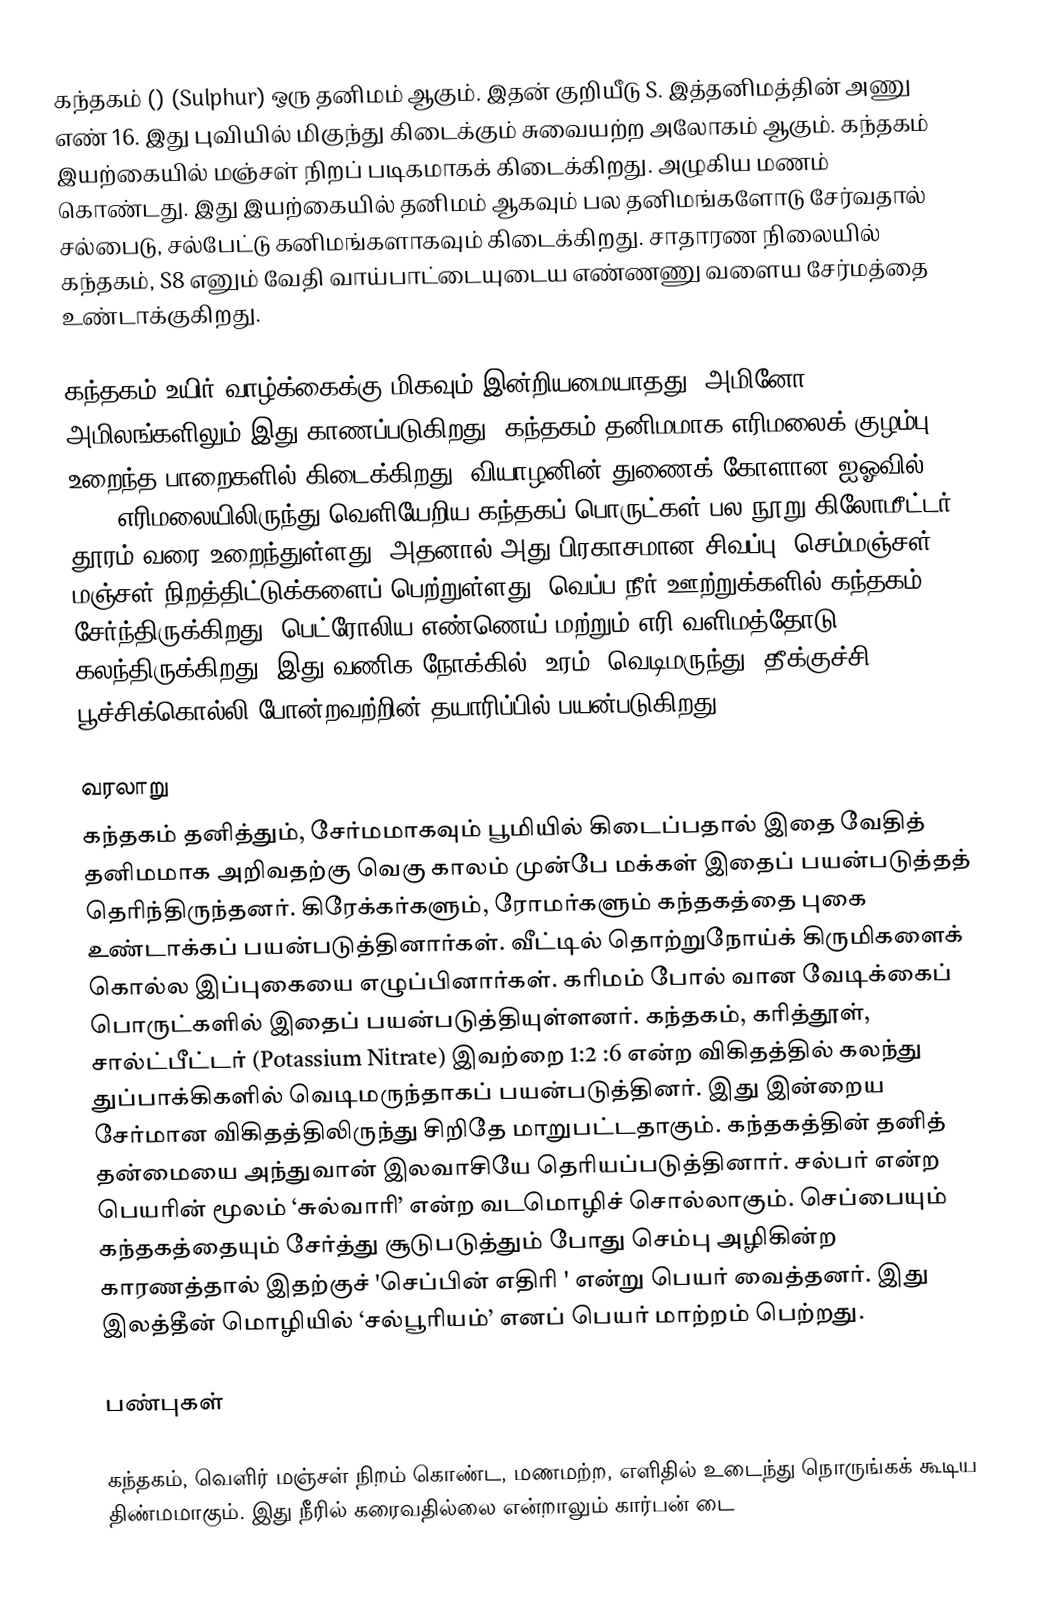
கந்தகம் () (Sulphur) ஒரு தனிமம் ஆகும். இதன் குறியீடு S. இத்தனிமத்தின் அணு எண் 16. இது புவியில் மிகுந்து கிடைக்கும் சுவையற்ற அலோகம் ஆகும். கந்தகம் இயற்கையில் மஞ்சள் நிறப் படிகமாகக் கிடைக்கிறது. அழுகிய மணம் கொண்டது. இது இயற்கையில் தனிமம் ஆகவும் பல தனிமங்களோடு சேர்வதால் சல்பைடு, சல்பேட்டு கனிமங்களாகவும் கிடைக்கிறது. சாதாரண நிலையில் கந்தகம், S8 எனும் வேதி வாய்பாட்டையுடைய எண்ணணு வளைய சேர்மத்தை உண்டாக்குகிறது.

கந்தகம் உயிர் வாழ்க்கைக்கு மிகவும் இன்றியமையாதது. அமினோ அமிலங்களிலும் இது காணப்படுகிறது. கந்தகம் தனிமமாக எரிமலைக் குழம்பு உறைந்த பாறைகளில் கிடைக்கிறது. வியாழனின் துணைக் கோளான ஐஓவில் (Io) எரிமலையிலிருந்து வெளியேறிய கந்தகப் பொருட்கள் பல நூறு கிலோமீட்டர் தூரம் வரை உறைந்துள்ளது. அதனால் அது பிரகாசமான சிவப்பு, செம்மஞ்சள், மஞ்சள் நிறத்திட்டுக்களைப் பெற்றுள்ளது. வெப்ப நீர் ஊற்றுக்களில் கந்தகம் சேர்ந்திருக்கிறது. பெட்ரோலிய எண்ணெய் மற்றும் எரி வளிமத்தோடு கலந்திருக்கிறது. இது வணிக நோக்கில், உரம், வெடிமருந்து, தீக்குச்சி, பூச்சிக்கொல்லி போன்றவற்றின் தயாரிப்பில் பயன்படுகிறது.

வரலாறு
கந்தகம் தனித்தும், சேர்மமாகவும் பூமியில் கிடைப்பதால் இதை வேதித் தனிமமாக அறிவதற்கு வெகு காலம் முன்பே மக்கள் இதைப் பயன்படுத்தத் தெரிந்திருந்தனர். கிரேக்கர்களும், ரோமர்களும் கந்தகத்தை புகை உண்டாக்கப் பயன்படுத்தினார்கள். வீட்டில் தொற்றுநோய்க் கிருமிகளைக் கொல்ல இப்புகையை எழுப்பினார்கள். கரிமம் போல் வான வேடிக்கைப் பொருட்களில் இதைப் பயன்படுத்தியுள்ளனர். கந்தகம், கரித்தூள், சால்ட்பீட்டர் (Potassium Nitrate) இவற்றை 1:2 :6 என்ற விகிதத்தில் கலந்து துப்பாக்கிகளில் வெடிமருந்தாகப் பயன்படுத்தினர். இது இன்றைய சேர்மான விகிதத்திலிருந்து சிறிதே மாறுபட்டதாகும். கந்தகத்தின் தனித் தன்மையை அந்துவான் இலவாசியே தெரியப்படுத்தினார். சல்பர் என்ற பெயரின் மூலம் ‘சுல்வாரி’ என்ற வடமொழிச் சொல்லாகும். செப்பையும் கந்தகத்தையும் சேர்த்து சூடுபடுத்தும் போது செம்பு அழிகின்ற காரணத்தால் இதற்குச் 'செப்பின் எதிரி ' என்று பெயர் வைத்தனர். இது இலத்தீன் மொழியில் ‘சல்பூரியம்’ எனப் பெயர் மாற்றம் பெற்றது.

பண்புகள்

கந்தகம், வெளிர் மஞ்சள் நிறம் கொண்ட, மணமற்ற, எளிதில் உடைந்து நொருங்கக் கூடிய திண்மமாகும். இது நீரில் கரைவதில்லை என்றாலும் கார்பன் டை